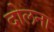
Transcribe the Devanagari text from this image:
दोलना